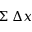
\Sigma \; \Delta x